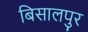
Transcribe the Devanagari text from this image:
बिसालपुर